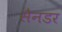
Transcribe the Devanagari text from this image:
सैनडर